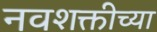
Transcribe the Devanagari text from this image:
नवशक्तीच्या